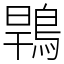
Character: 䳚